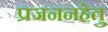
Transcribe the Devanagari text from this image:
प्रजननहेतु